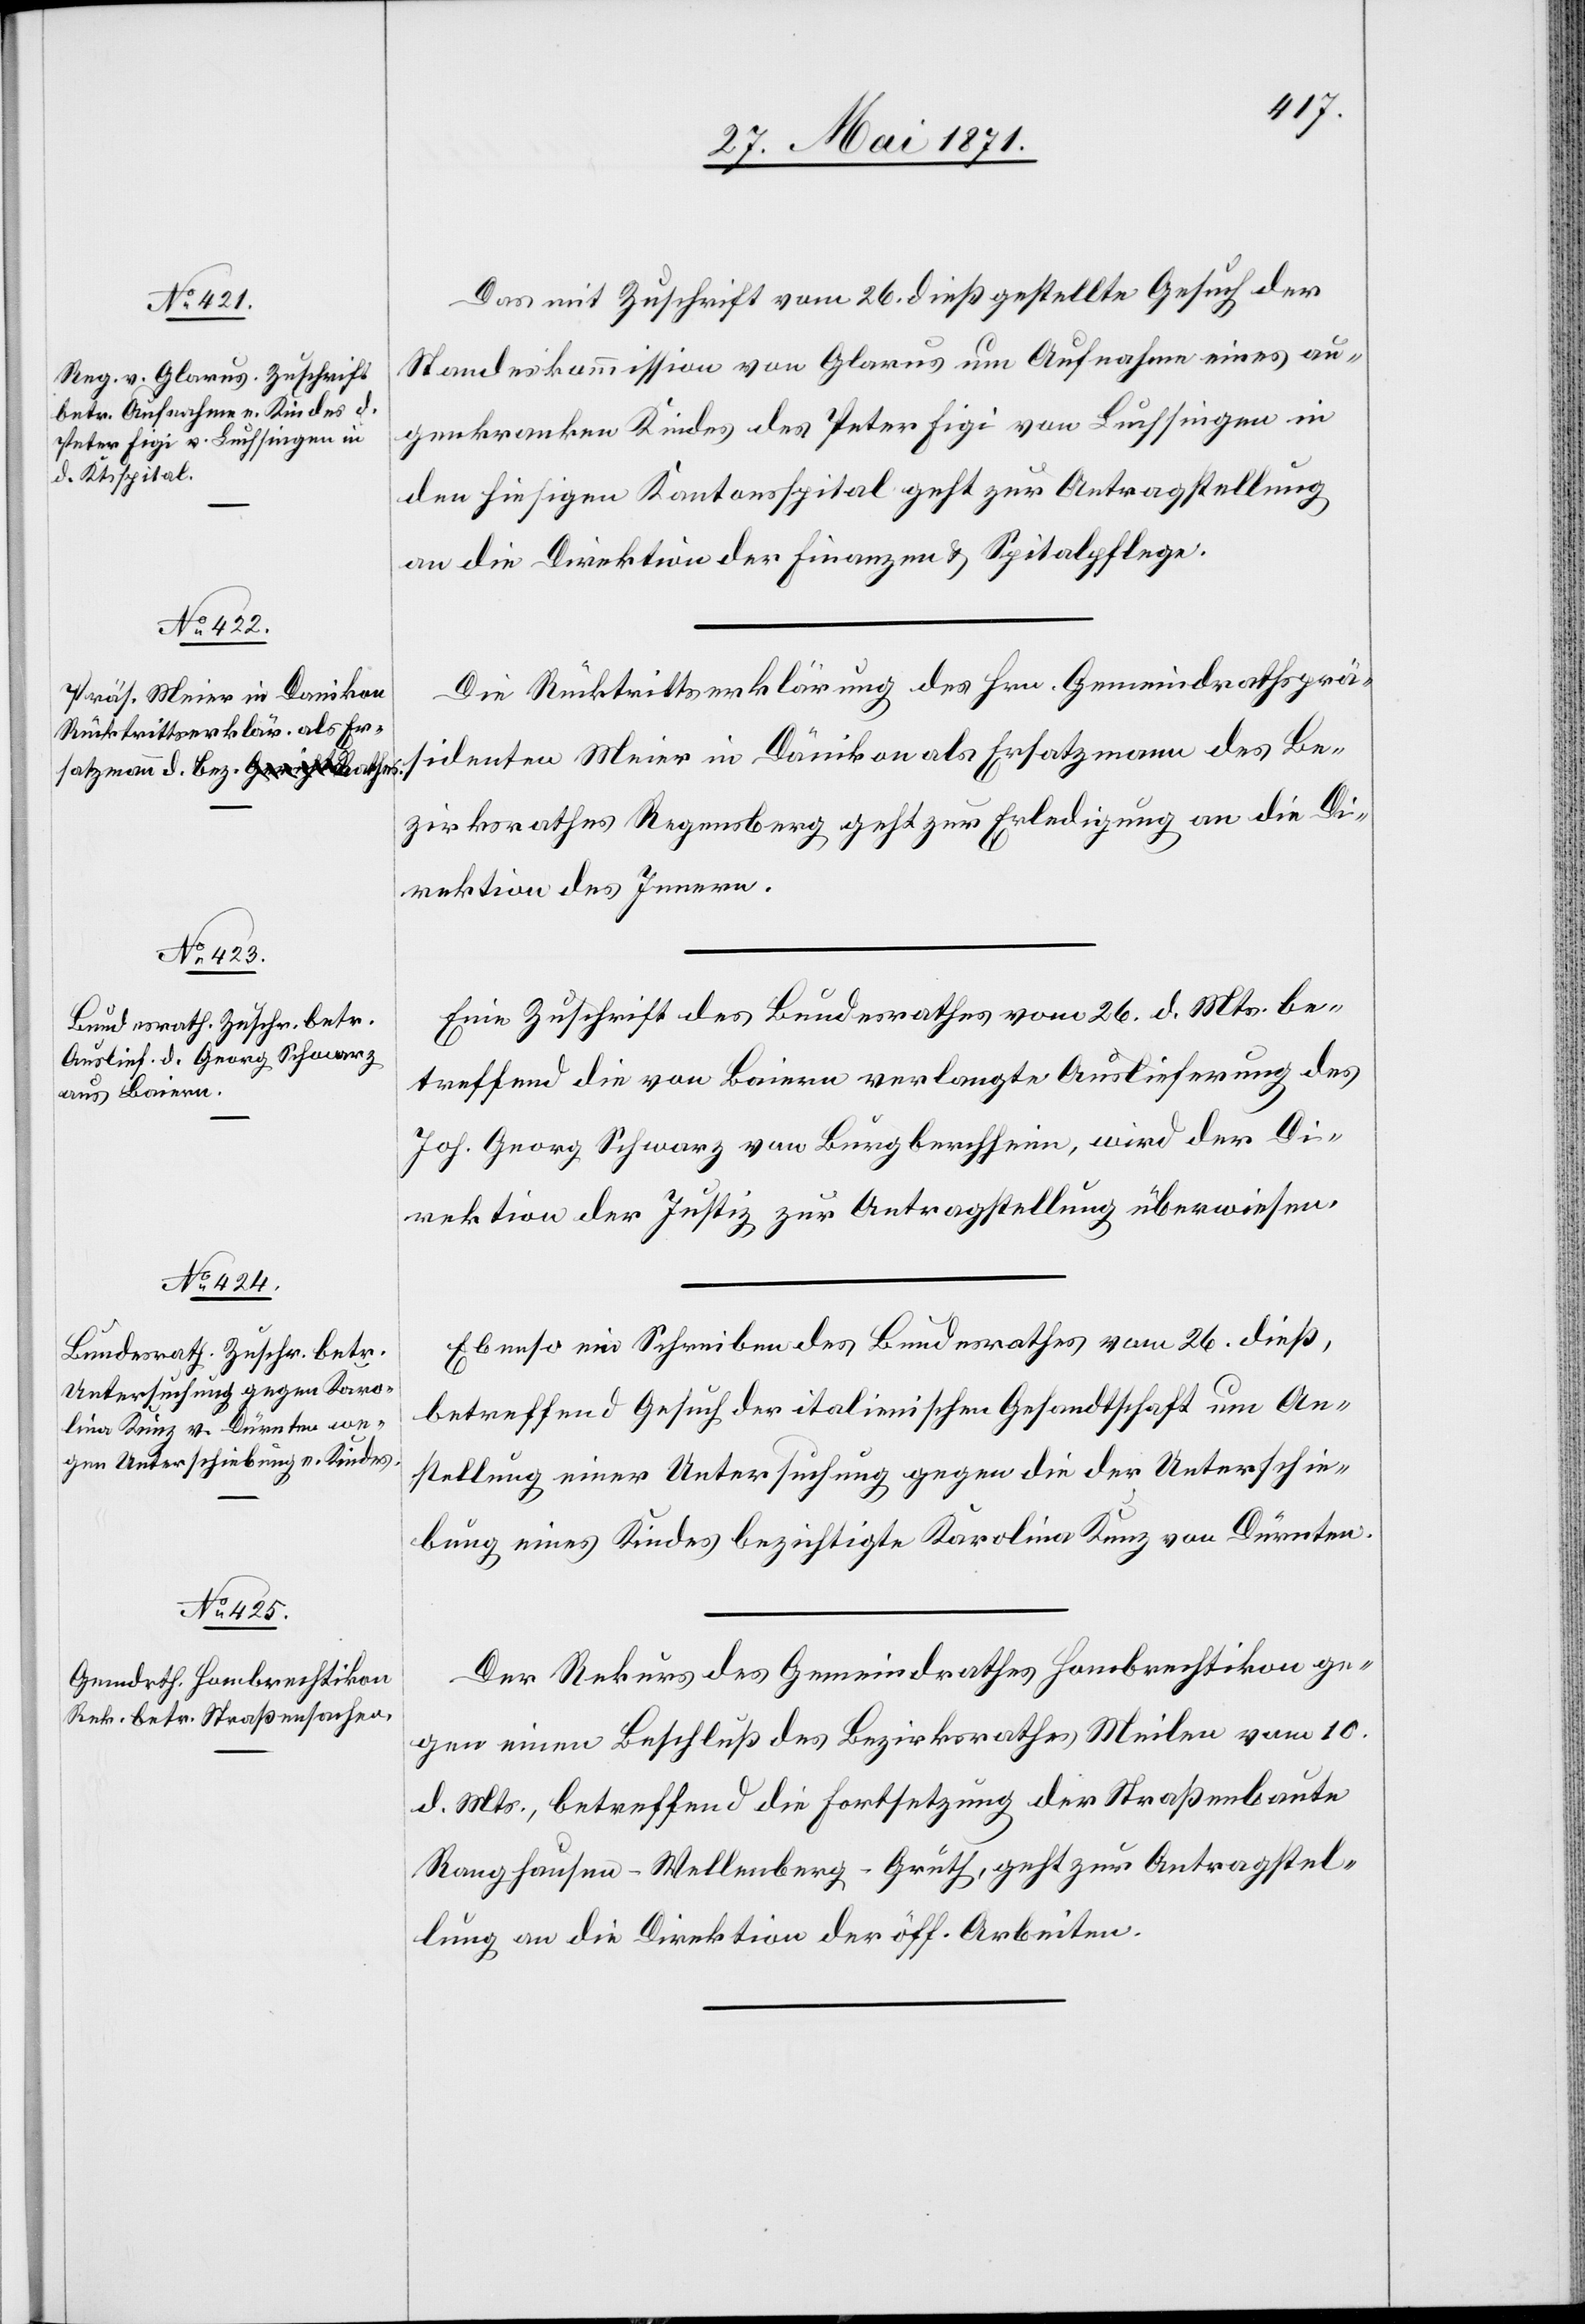
30. Mai 1871.]
Das mit Zuschrift vom 26. dieß gestellte Gesuch der
Standeskommission von Glarus um Aufnahme eines au¬
genkranken Kindes des Peter Figi von Luchsingen in
den hiesigen Kantonsspital geht zur Antragstellung
an die Direktion der Finanzen u. Spitalpflege.
Dir Rücktrittserklärung des Hrn. Gemeindrathsprä¬
sidenten Meier in Dänikon als Ersatzmann des Be¬
zirksrathes Regensberg geht zur Erledigung an die Di¬
rektion des Innern.
Eine Zuschrift des Bundesrathes vom 26. d. Mts. be¬
treffend die von Baiern verlangte Auslieferung des
Joh. Georg Schwarz von Bergberchheim, wird der Di¬
rektion der Justiz zur Antragstellung überwiesen.
Ebenso ein Schreiben des Bundesrathes vom 26. dieß,
betreffend Gesuch der italienischen Gesandtschaft um An¬
stellung einer Untersuchung gegen die der Unterschie¬
bung eines Kindes bezichtigte Karolina Kunz von Dürnten.
Der Rekurs des Gemeindrathes Hombrechtikon ge¬
gen einen Beschluß des Bezirksrath Meilen vom 10.
d. Mts., betreffend die Fortsetzung der Straßenbaute
Ranghausen-Wellenberg-Grüth, geht zur Antragstel¬
lung an die Direktion der öff. Arbeiten.